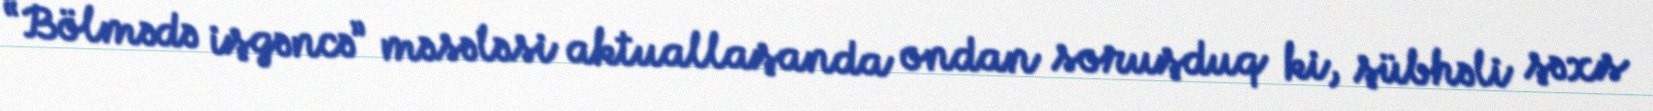
“Bölmədə işgəncə” məsələsi aktuallaşanda ondan soruşduq ki, şübhəli şəxs